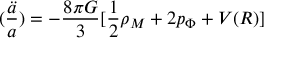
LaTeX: ( \frac { \ddot { a } } { a } ) = - \frac { 8 \pi G } { 3 } [ \frac { 1 } { 2 } \rho _ { M } + 2 p _ { \Phi } + V ( R ) ]